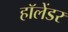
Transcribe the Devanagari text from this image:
हॉलेंडर